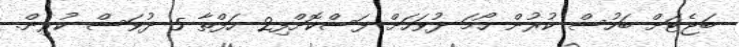
ބަޖެޓަށް ބަހުސް ކުރުން ހޯމަ ދުވަހަށް ފަސްކޮށްފި2 ހަފްތާ 5 ދުވަސް ކުރިން.